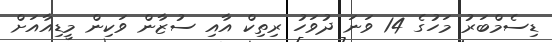
ޑިސެމްބަރު މަހުގެ 14 ވަނަ ދުވަހު ރިތިކް އާއި ސުޒާން ވަކިން މީޑިއާއަށް